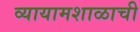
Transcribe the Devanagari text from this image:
व्यायामशाळाची